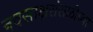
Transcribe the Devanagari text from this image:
नवसाक्षरांसाठीच्या